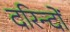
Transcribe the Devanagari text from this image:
दरिन्‍दों